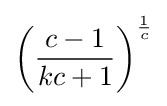
\left({\frac {c-1}{kc+1}}\right)^{\frac {1}{c}}